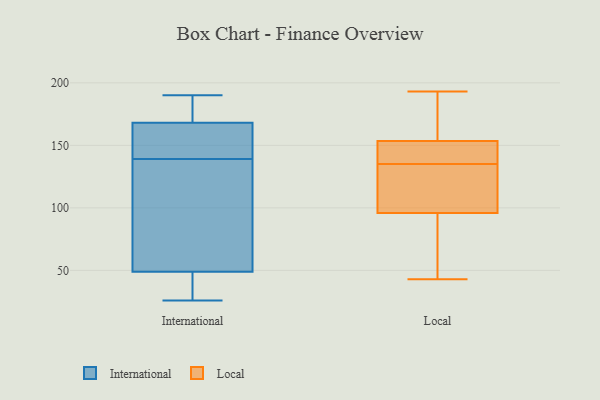
{"axis": {"x": "Bounce Rate (%)", "y": "Value"}, "legend": ["International", "Local"], "data": [{"x": "", "y": 87, "type": "International"}, {"x": "", "y": 49, "type": "International"}, {"x": "", "y": 37, "type": "International"}, {"x": "", "y": 175, "type": "International"}, {"x": "", "y": 115, "type": "International"}, {"x": "", "y": 87, "type": "International"}, {"x": "", "y": 178, "type": "International"}, {"x": "", "y": 29, "type": "International"}, {"x": "", "y": 46, "type": "International"}, {"x": "", "y": 157, "type": "International"}, {"x": "", "y": 131, "type": "International"}, {"x": "", "y": 171, "type": "International"}, {"x": "", "y": 26, "type": "International"}, {"x": "", "y": 153, "type": "International"}, {"x": "", "y": 166, "type": "International"}, {"x": "", "y": 147, "type": "International"}, {"x": "", "y": 190, "type": "International"}, {"x": "", "y": 168, "type": "International"}, {"x": "", "y": 146, "type": "Local"}, {"x": "", "y": 135, "type": "Local"}, {"x": "", "y": 118, "type": "Local"}, {"x": "", "y": 81, "type": "Local"}, {"x": "", "y": 101, "type": "Local"}, {"x": "", "y": 180, "type": "Local"}, {"x": "", "y": 48, "type": "Local"}, {"x": "", "y": 43, "type": "Local"}, {"x": "", "y": 131, "type": "Local"}, {"x": "", "y": 144, "type": "Local"}, {"x": "", "y": 193, "type": "Local"}, {"x": "", "y": 176, "type": "Local"}, {"x": "", "y": 135, "type": "Local"}]}